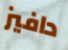
دافيز